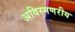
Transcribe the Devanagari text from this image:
अविस्मणरीय